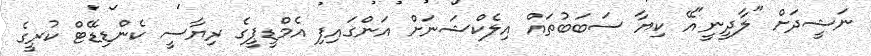
ނަޝީދަށް "ލާދީނީ"އޭ ކިޔާ ސަބަބުތައް އިލެކްޝަނަށް އަންގައިފި އެމްޑީޕީގެ ރިޔާސީ ކެންޑިޑޭޓް ކުރީގެ